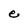
Character: e